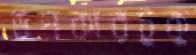
উপকারটুকু